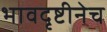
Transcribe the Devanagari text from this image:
भावदृष्टीनेच